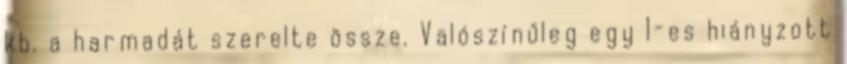
kb. a harmadát szerelte össze. Valószínűleg egy 1-es hiányzott